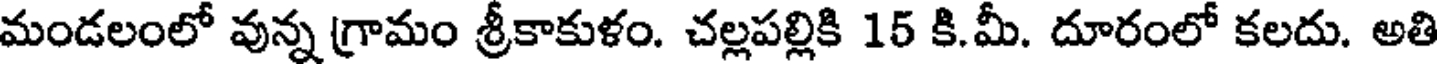
మండలంలో వున్న గ్రామం శ్రీకాకుళం. చల్లపల్లికి 15 కి.మీ. దూరంలో కలదు. అతి